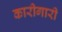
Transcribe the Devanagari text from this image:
कारीगारी